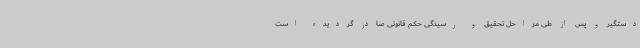
دستگیر و پس از طی مراحل تحقیق و رسیدگی حکم قانونی صادر گردیده است